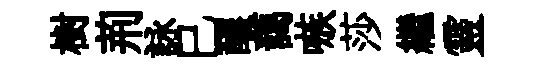
樹荊詠巳醲藹嗾莎繼靈